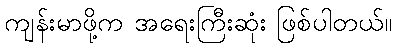
ကျန်းမာဖို့က အရေးကြီးဆုံး ဖြစ်ပါတယ်။